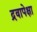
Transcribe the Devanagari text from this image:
द्रवापेक्षा